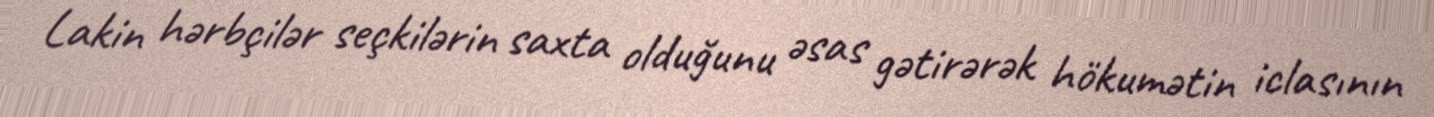
Lakin hərbçilər seçkilərin saxta olduğunu əsas gətirərək hökumətin iclasının